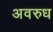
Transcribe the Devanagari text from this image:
अवरुध